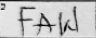
Transcription: FAW